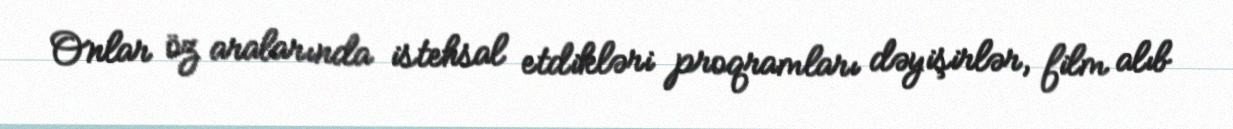
Onlar öz aralarında istehsal etdikləri proqramları dəyişirlər, film alıb